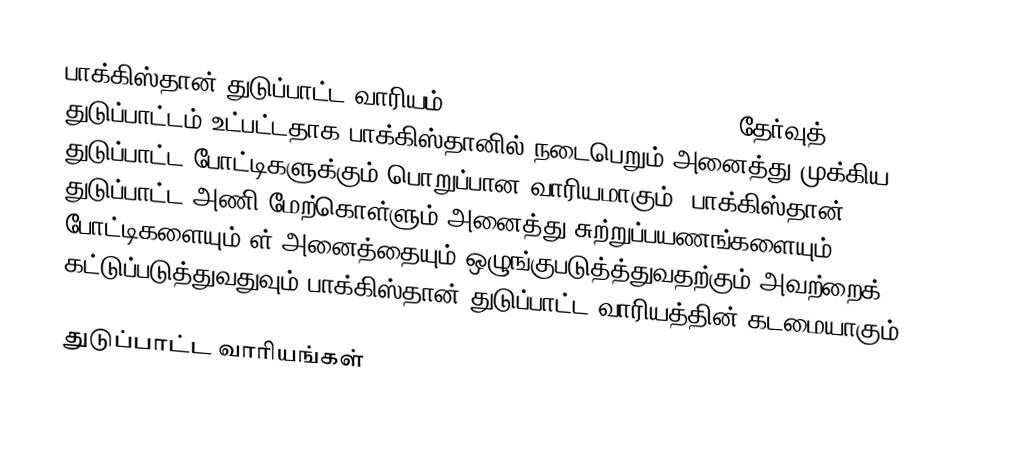
பாக்கிஸ்தான் துடுப்பாட்ட வாரியம் (Pakistan Cricket Board, PCB) தேர்வுத் துடுப்பாட்டம் உட்பட்டதாக பாக்கிஸ்தானில் நடைபெறும் அனைத்து முக்கிய துடுப்பாட்ட போட்டிகளுக்கும் பொறுப்பான வாரியமாகும். பாக்கிஸ்தான் துடுப்பாட்ட அணி மேற்கொள்ளும் அனைத்து சுற்றுப்பயணங்களையும்  போட்டிகளையும் ள் அனைத்தையும் ஒழுங்குபடுத்த்துவதற்கும் அவற்றைக் கட்டுப்படுத்துவதுவும் பாக்கிஸ்தான் துடுப்பாட்ட வாரியத்தின் கடமையாகும்.

துடுப்பாட்ட வாரியங்கள்